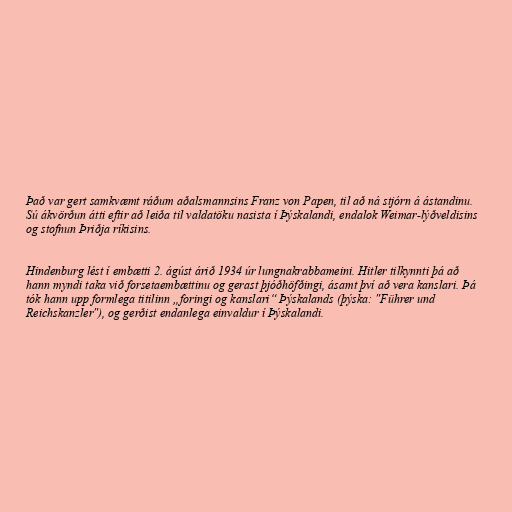
Það var gert samkvæmt ráðum aðalsmannsins Franz von Papen, til að ná stjórn á ástandinu.
Sú ákvörðun átti eftir að leiða til valdatöku nasista í Þýskalandi, endalok Weimar-lýðveldisins
og stofnun Þriðja ríkisins.

Hindenburg lést í embætti 2. ágúst árið 1934 úr lungnakrabbameini. Hitler tilkynnti þá að
hann myndi taka við forsetaembættinu og gerast þjóðhöfðingi, ásamt því að vera kanslari. Þá
tók hann upp formlega titilinn „foringi og kanslari“ Þýskalands (þýska: "Führer und
Reichskanzler"), og gerðist endanlega einvaldur í Þýskalandi.